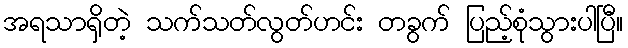
အရသာရှိတဲ့ သက်သတ်လွတ်ဟင်း တခွက် ပြည့်စုံသွားပါပြီ။